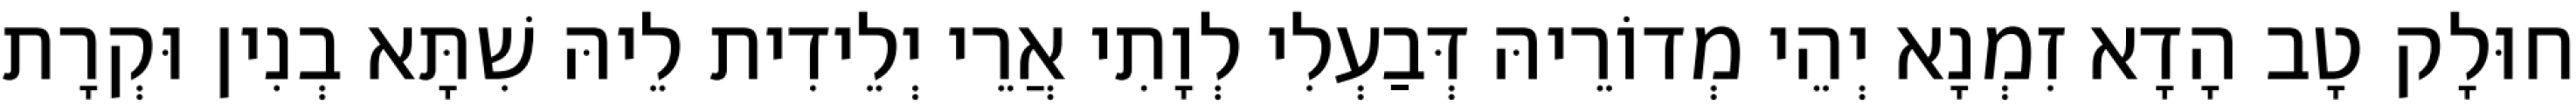
חוּלָק טָב הָדָא זִמְנָא יְהֵי מְדוֹרֵיהּ דְּבַעְלִי לְוָתִי אֲרֵי יְלֵידִית לֵיהּ שִׁתָּא בְנִין וּקְרָת